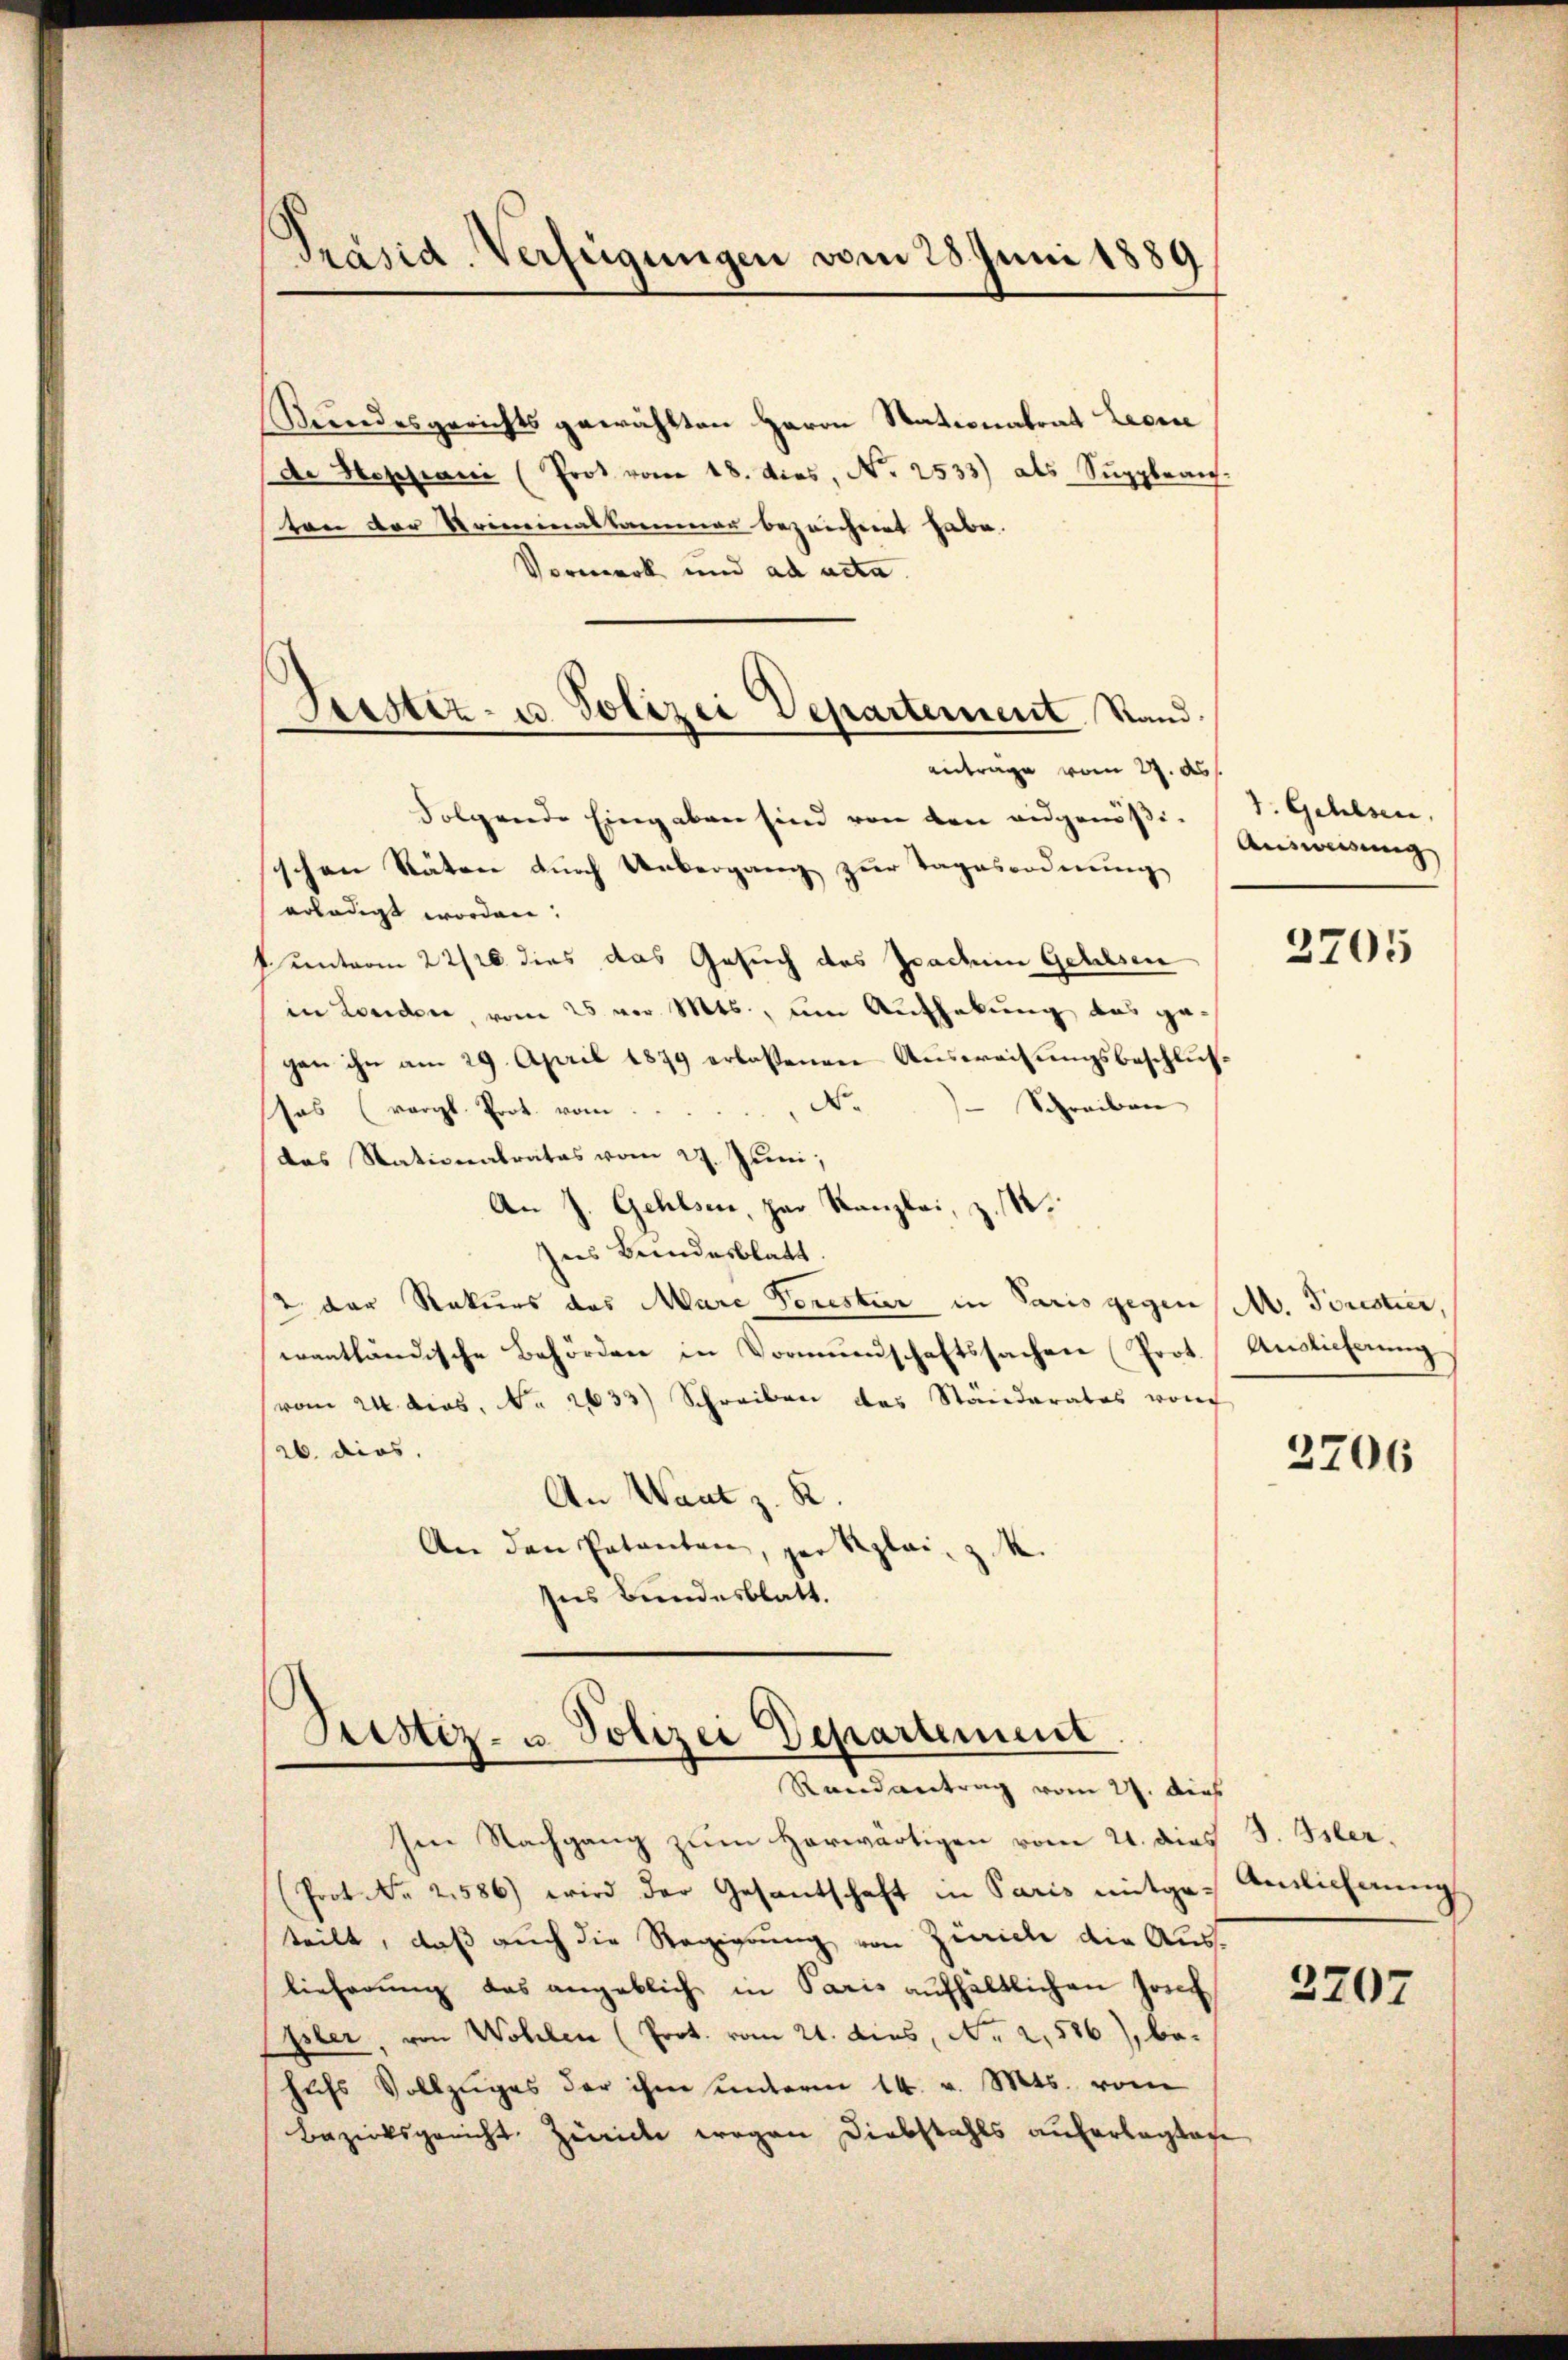
Präsid. Verfügungen vom 28. Juni 1889

Bundesgerichts gewählten Herrn Stationalrat Licen
de Hossiani (Prot. vom 18. dies, N. 2533) als Suppleans
ton der Kriminalkammer bezeichnet habe.
Vormerk und ad acta.
Antrage vom 2. ds.
Folgende Eingaben sind von den eidgenößischen Räten durch Uebergang zur Tagesordnung
erledigt worden.
k unterm 22/20 dies das Gesuch des Prachen Gehilsen
in Londer, vom 25 der Mts., um Aufhebung das gegen ihn am 29. April 1879 erlassenen Aŭsweisŭngsbeschlŭs-
Schreiben |
as (vergl. Prot. vom  ..  ..  ..  Ne
das Stationalrates vom 27. Juni,
An J. Gehlsen, zur Kanzlei, z. R.
hus Bundesblatt
2 der Rekurs das Mare Forester in Paris gegen
wantländische Behörden in Vormundschaftssachen (Prot.
(vom 24. dies, No 2633) Schreiben das Ständerates von
26. dies.
An Want z. R.
An den Patenten, par plain z. R.
Ins Bundesblatt.

Leister- u Polizei Departement Stand.

Sistiz- u. Polizei Departement.
Randantrag vom 27. Dies

Ien Nachgang zum Horwärtigen vom 21. dies J. Isler,
Prot. Nr. 2586) wird der Gesantschaft in Paris mitgeteilt, daß auch die Regierung von Zürich die Auslieferung das angeblich in Paris aufhältlichen Josef
pler, von Wohlen (Prot. vom 21. dies, No 2,586), behufs Vollzuges der ihm unterm 14. v. Mts. vom
Bezirksgericht. Zwicke wegen Diebstahls auferlegtage

1. Gehlsen,
Ausweisung

2705

M. Forestier,
Auslieferung

2706

Anlicherung

2207